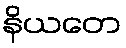
နိယတေ